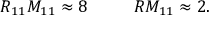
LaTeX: R _ { 1 1 } M _ { 1 1 } \approx 8 ~ ~ ~ ~ ~ ~ ~ ~ R M _ { 1 1 } \approx 2 .